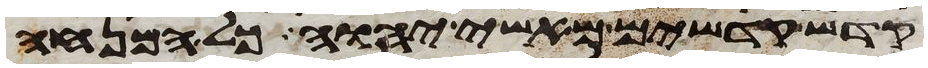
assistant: קדש קדשים מאשי יהוה כל המנחה